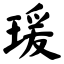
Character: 瑗